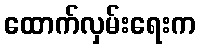
ထောက်လှမ်းရေးက